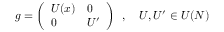
g = \left( \begin{array} { l l } { { U ( x ) } } & { { 0 } } \\ { { 0 } } & { { U ^ { \prime } } } \end{array} \right) \, \, \, , \, \, \, \, \, \, U , U ^ { \prime } \in U ( N )